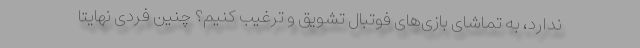
ندارد، به تماشای بازی‌های فوتبال تشویق و ترغیب کنیم؟ چنین فردی نهایتا